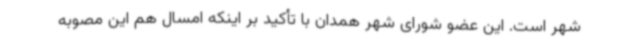
شهر است. این عضو شورای شهر همدان با تأکید بر اینکه امسال هم این مصوبه